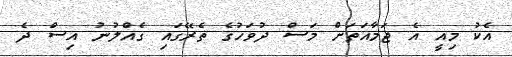
އެކު މިއީ އެ ޖަމާއަތަށް މަސް ދުވަހުގެ ތެރޭގައި ގެއްލުނު އިސް ދެ